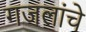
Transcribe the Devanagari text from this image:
गजलांचे